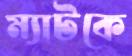
ম্যাটকে